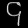
Digit: ၄